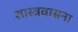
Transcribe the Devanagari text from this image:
शास्त्रवासना